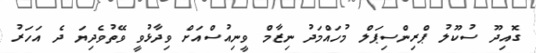
ގޮއިދޫ ސުކޫލު ޕްރިންސިޕަލް މުހައްމަދު ނިޒާމް ވީނިއުސްއަށް ވިދާޅުވީ ވޭތުވެދިޔަ ދެ އަހަރު